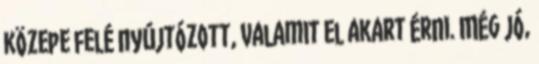
közepe felé nyújtózott, valamit el akart érni. Még jó,